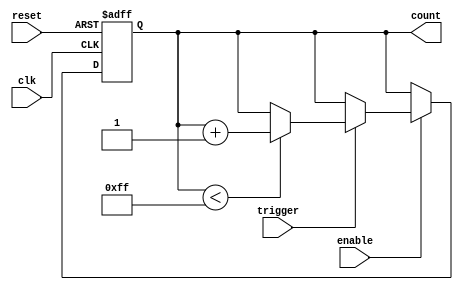
module EventTriggeredCounter (
    input wire clk,                    // Clock input
    input wire reset,                  // Asynchronous reset
    input wire trigger,                // Event trigger signal
    input wire enable,                 // Enable counting
    output reg [7:0] count             // 8-bit output for the counter value
);

    // Parameter for maximum count value
    parameter MAX_COUNT = 8'hFF; // 255 for an 8-bit counter

    // Synchronous process for the counting mechanism
    always @(posedge clk or posedge reset) begin
        if (reset) begin
            count <= 8'b0;            // Reset the counter to 0
        end else if (enable) begin
            if (trigger) begin
                if (count < MAX_COUNT) begin
                    count <= count + 1; // Increment the counter
                end
                // Optional: Uncomment the next line for wraparound behavior
                // else begin count <= 8'b0; end
            end
        end
    end

endmodule